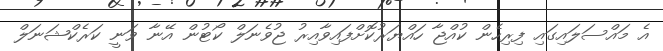
އެ މައްސަލައިގައި ފިރިހެން ކުއްޖާ ހައްޔަރުކޮށްފައިވާއިރު ޖުވެނަލް ކޯޓުން އޭނާ ވަނީ ކަރެކްޝަނަލް